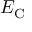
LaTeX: E _ { \mathrm { { C } } }